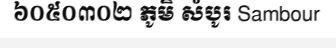
៦០៥០៣០២ ភូមិ សំបូរ Sambour